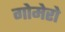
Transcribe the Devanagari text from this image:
गोमेरो